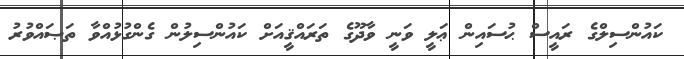
ކައުންސިލްގެ ރައީސް ޙުސައިން ޢަލީ ވަނީ ވާދޫގެ ތަރައްޤީއަށް ކައުންސިލުން ގެންގުޅުއްވާ ތަޞައްވުރު